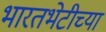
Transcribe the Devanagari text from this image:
भारतभेटीच्या